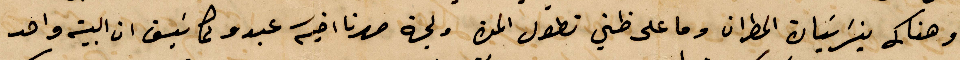
وهناك %% المطران وما على ظني تطول المحن ولجهة صهرنا أخيه عبدو ولما نسبق ان البيت واحد